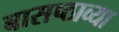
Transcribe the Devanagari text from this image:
बासष्ठाव्या